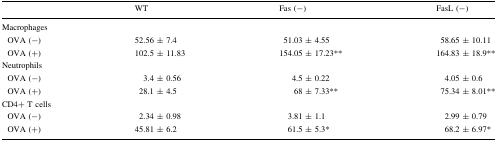
|  | WT | Fas (−) | FasL (−) |
 | --- | --- | --- | --- |
 | <COLSPAN=4> Macrophages |
 | OVA (−) | 52.56 ± 7.4 | 51.03 ± 4.55 | 58.65 ± 10.11 |
 | OVA (+) | 102.5 ± 11.83 | 154.05 ± 17.23** | 164.83 ± 18.9** |
 | <COLSPAN=4> Neutrophils |
 | OVA (−) | 3.4 ± 0.56 | 4.5 ± 0.22 | 4.05 ± 0.6 |
 | OVA (+) | 28.1 ± 4.5 | 68 ± 7.33** | 75.34 ± 8.01** |
 | <COLSPAN=4> CD4+ T cells |
 | OVA (−) | 2.34 ± 0.98 | 3.81 ± 1.1 | 2.99 ± 0.79 |
 | OVA (+) | 45.81 ± 6.2 | 61.5 ± 5.3* | 68.2 ± 6.97* |